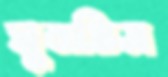
ঘুলতিস